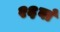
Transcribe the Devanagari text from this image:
२६वां